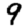
Digit: 9